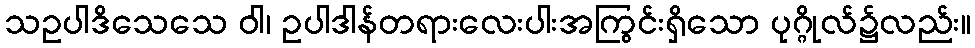
သဥပါဒိသေသေ ဝါ၊ ဥပါဒါန်တရားလေးပါးအကြွင်းရှိသော ပုဂ္ဂိုလ်၌လည်း။